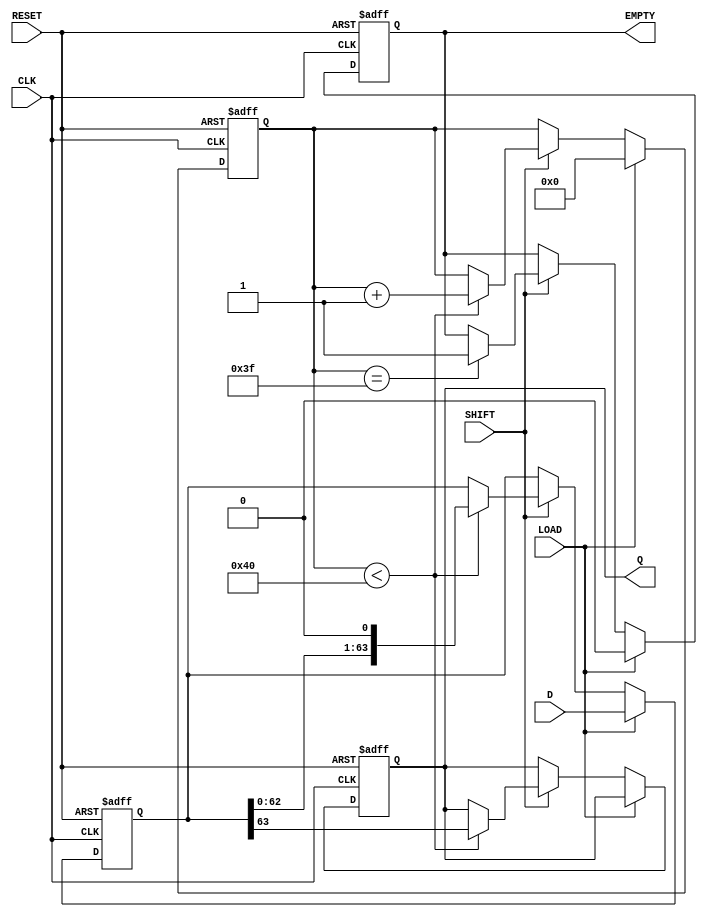
module PISO_Register (
    input  wire [63:0] D,       // 64-bit Data Input
    input  wire LOAD,           // Load Control Signal
    input  wire CLK,            // Clock Signal
    input  wire SHIFT,          // Shift Control Signal
    input  wire RESET,          // Asynchronous Reset Signal
    output reg  Q,              // Serial Output
    output reg  EMPTY           // Empty Status Signal
);

    reg [63:0] shift_reg;       // 64-bit shift register to hold data
    reg [5:0] count;            // Counter to track the number of bits shifted out

    // Asynchronous Reset
    always @(posedge CLK or posedge RESET) begin
        if (RESET) begin
            shift_reg <= 64'b0;  // Clear the register
            Q <= 1'b0;           // Clear output
            EMPTY <= 1'b1;       // Initially empty
            count <= 6'b0;       // Clear counter
        end else begin
            if (LOAD) begin
                shift_reg <= D;   // Load the data into the shift register
                EMPTY <= 1'b0;    // Register is not empty after loading
                count <= 6'b0;     // Reset counter
            end else if (SHIFT) begin
                if (count < 64) begin
                    Q <= shift_reg[63]; // Output the MSB
                    shift_reg <= {shift_reg[62:0], 1'b0}; // Shift left
                    count <= count + 1; // Increment counter
                end
                if (count == 63) begin
                    EMPTY <= 1'b1; // Set EMPTY when all bits have been shifted out
                end
            end
        end
    end

endmodule